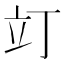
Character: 𫞻